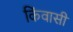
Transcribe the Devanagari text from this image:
किंवासी